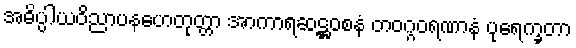
အဓိပ္ပါယဝိညာပနဟေတုတ္တာ အာကာရဆဋ္ဌဝစနံ တဝဂ္ဂဝရဏာနံ ပုရေက္ခတာ